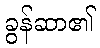
ခွန်ဆာ၏